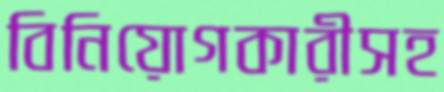
বিনিয়োগকারীসহ